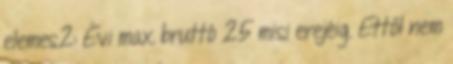
elemes2: Évi max bruttó 25 misi erejéig. Ettől nem